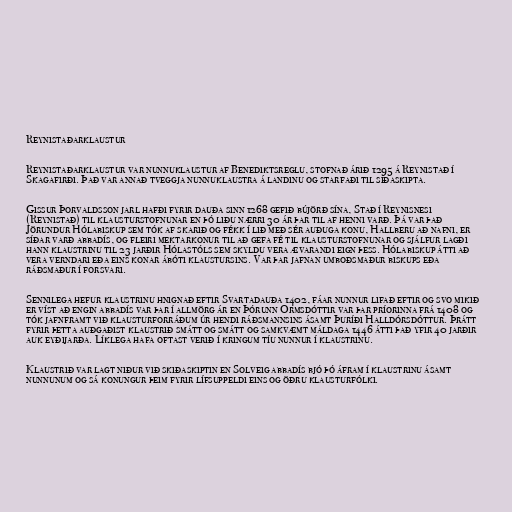
Reynistaðarklaustur

Reynistaðarklaustur var nunnuklaustur af Benediktsreglu, stofnað árið 1295 á Reynistað í
Skagafirði. Það var annað tveggja nunnuklaustra á landinu og starfaði til siðaskipta.

Gissur Þorvaldsson jarl hafði fyrir dauða sinn 1268 gefið bújörð sína, Stað í Reynisnesi
(Reynistað) til klausturstofnunar en þó liðu nærri 30 ár þar til af henni varð. Þá var það
Jörundur Hólabiskup sem tók af skarið og fékk í lið með sér auðuga konu, Hallberu að nafni, er
síðar varð abbadís, og fleiri mektarkonur til að gefa fé til klausturstofnunar og sjálfur lagði
hann klaustrinu til 23 jarðir Hólastóls sem skyldu vera ævarandi eign þess. Hólabiskup átti að
vera verndari eða eins konar ábóti klaustursins. Var þar jafnan umboðsmaður biskups eða
ráðsmaður í forsvari.

Sennilega hefur klaustrinu hnignað eftir Svartadauða 1402, fáar nunnur lifað eftir og svo mikið
er víst að engin abbadís var þar í allmörg ár en Þórunn Ormsdóttir var þar príorinna frá 1408 og
tók jafnframt við klausturforráðum úr hendi ráðsmannsins ásamt Þuríði Halldórsdóttur. Þrátt
fyrir þetta auðgaðist klaustrið smátt og smátt og samkvæmt máldaga 1446 átti það yfir 40 jarðir
auk eyðijarða. Líklega hafa oftast verið í kringum tíu nunnur í klaustrinu.

Klaustrið var lagt niður við skiðaskiptin en Solveig abbadís bjó þó áfram í klaustrinu ásamt
nunnunum og sá konungur þeim fyrir lífsuppeldi eins og öðru klausturfólki.